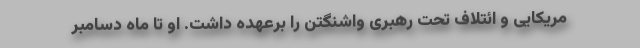
مریکایی و ائتلاف تحت رهبری واشنگتن را برعهده داشت. او تا ماه دسامبر